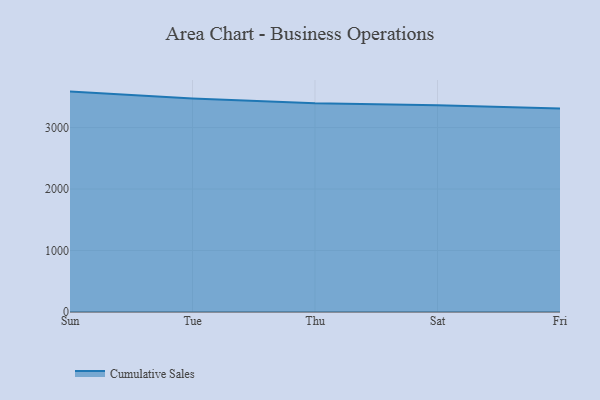
{"axis": {"x": "Day", "y": "Page Views"}, "legend": ["Cumulative Sales"], "data": [{"x": "Sun", "y": 3584.5, "type": "Cumulative Sales"}, {"x": "Tue", "y": 3473.4, "type": "Cumulative Sales"}, {"x": "Thu", "y": 3393.5, "type": "Cumulative Sales"}, {"x": "Sat", "y": 3362.1, "type": "Cumulative Sales"}, {"x": "Fri", "y": 3310.5, "type": "Cumulative Sales"}]}